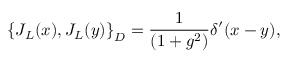
\left\{ J _ { L } ( x ) , J _ { L } ( y ) \right\} _ { D } = \frac { 1 } { ( 1 + g ^ { 2 } ) } \delta ^ { \prime } ( x - y ) ,